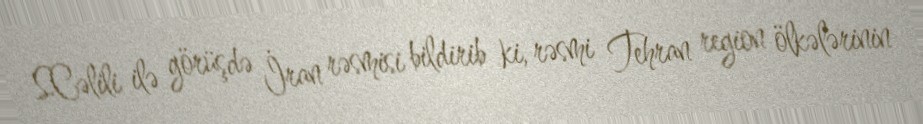
S.Cəlili ilə görüşdə İran rəsmisi bildirib ki, rəsmi Tehran region ölkələrinin